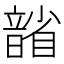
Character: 𪱐